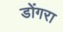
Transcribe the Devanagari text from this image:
डोंगरा